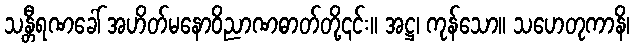
သန္တီရဏခေါ် အဟိတ်မနောဝိညာဏဓာတ်တို့၎င်း။ အဋ္ဌ၊ ကုန်သော။ သဟေတုကာနိ၊